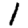
Digit: 1